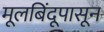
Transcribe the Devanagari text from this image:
मूलबिंदूपासून